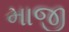
માજી